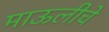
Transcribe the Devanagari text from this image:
माऊलीचे